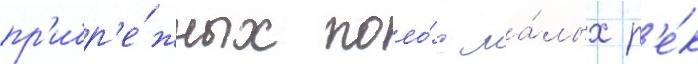
пр'ибр'е́жных поло́с ма́лых р'е́к